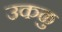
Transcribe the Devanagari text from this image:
उकळु